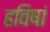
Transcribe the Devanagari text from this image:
हविषां